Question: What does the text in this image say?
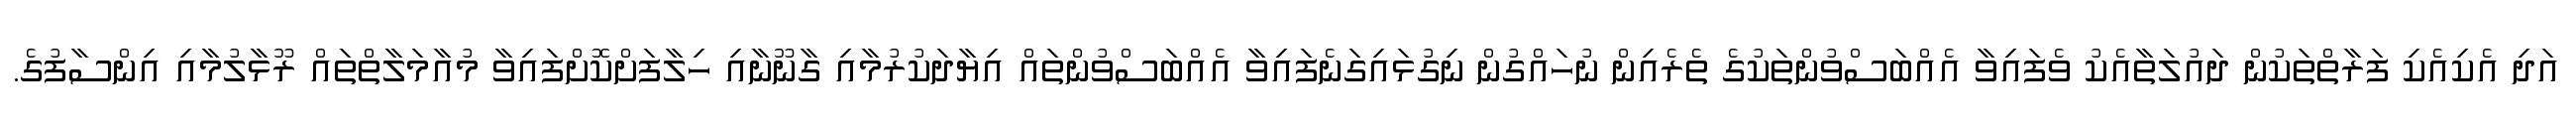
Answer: އަދި އެކިއެކި ފަރާތްތަކުން ދައުލަތާއެކު ވެފައިވާ އެއްބަސްވުންތަކުގެ ތެރެއިން ނުހައްގުން ނިގުޅައިގަނެފައިވާ އެއްބަސްވުންތައް އިޔާދަކުރުމާއި ގާނޫނާއި ހިލާފަށްކޮށްފައިވާ މުއާމަލާތްތައް ރޫޅާލުމާއި އިންސާފުގެ.